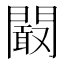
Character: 𮤜